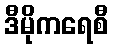
ဒီမိုကရေစီ